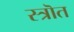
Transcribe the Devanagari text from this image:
स्त्रॊत